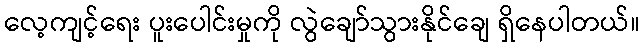
လေ့ကျင့်ရေး ပူးပေါင်းမှုကို လွဲချော်သွားနိုင်ချေ ရှိနေပါတယ်။